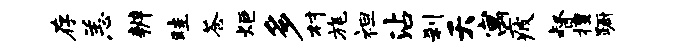
存恙辨畦苍炬多村旄袒沾刹夭寓疲督擅蹰